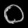
Digit: ၀